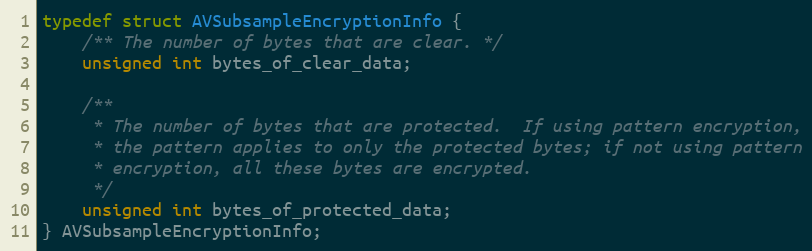
Language: C
typedef struct AVSubsampleEncryptionInfo {
    /** The number of bytes that are clear. */
    unsigned int bytes_of_clear_data;

    /**
     * The number of bytes that are protected.  If using pattern encryption,
     * the pattern applies to only the protected bytes; if not using pattern
     * encryption, all these bytes are encrypted.
     */
    unsigned int bytes_of_protected_data;
} AVSubsampleEncryptionInfo;